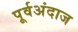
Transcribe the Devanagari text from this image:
पूर्वअंदाज